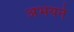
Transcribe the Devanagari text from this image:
अभयने